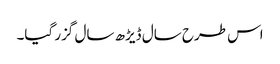
اس طرح سال ڈیڑھ سال گزر گیا۔